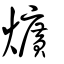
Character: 爌